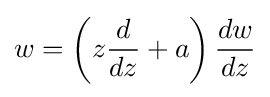
w=\left(z{\frac {d}{dz}}+a\right){\frac {dw}{dz}}